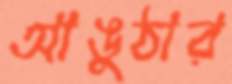
আঙুঠার